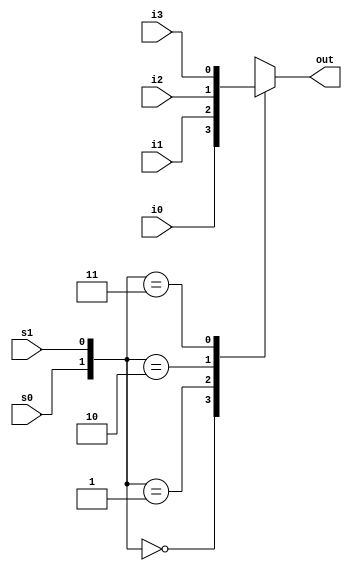
module mux_behavioural(i0,i1,i2,i3,s0,s1,out);
input i0 ,i1,i2,i3 ,s0,s1;
output out;

reg out;

always @(i0 or i1 or i2 or i3 or s0 or s1)

begin

case ({s0 , s1})

	2'b00 :	out = i0;
	2'b01	:	out = i1;
	2'b10	:	out = i2;
	2'b11	:	out = i3;
	default : out = 0;
	
	endcase
	
end

endmodule